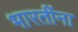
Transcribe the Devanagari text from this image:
भारतींना